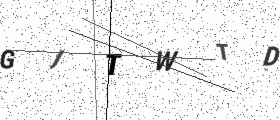
Text: GJTWTD